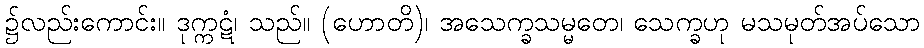
၌လည်းကောင်း။ ဒုက္ကဋံ၊ သည်။ (ဟောတိ)၊ အသေက္ခသမ္မတေ၊ သေက္ခဟု မသမုတ်အပ်သော